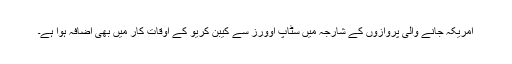
امریکہ جانے والی پروازوں کے شارجہ میں سٹاپ اوورز سے کیبن کریو کے اوقات کار میں بھی اضافہ ہوا ہے۔